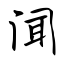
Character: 闻